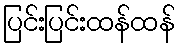
ပြင်းပြင်းထန်ထန်